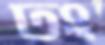
ঢং